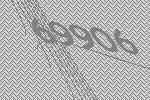
69906